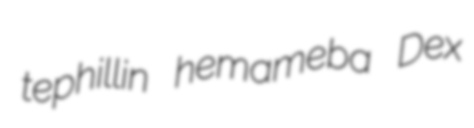
tephillin hemameba Dex